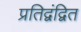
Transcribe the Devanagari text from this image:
प्रतिद्वंद्वित